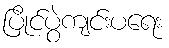
ပြိုင်ပွဲကျင်းပရေး